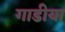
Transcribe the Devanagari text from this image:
गाडीया